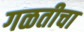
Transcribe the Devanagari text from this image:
गळतीचा